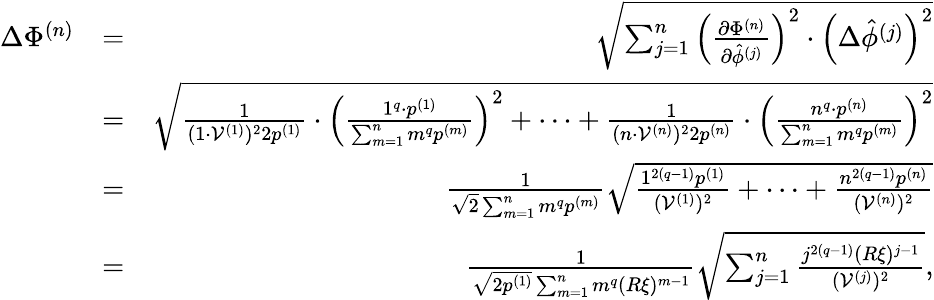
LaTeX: \begin{array}{rlr}{\Delta\Phi^{(n)}}&{=}&{\sqrt{\sum_{j=1}^{n}\left(\frac{\partial\Phi^{(n)}}{\partial\hat{\phi}^{(j)}}\right)^{2}\cdot\left(\Delta\hat{\phi}^{(j)}\right)^{2}}}\\ &{=}&{\sqrt{\frac{1}{(1\cdot\mathcal{V}^{(1)})^{2}2p^{(1)}}\cdot\left(\frac{1^{q}\cdot p^{(1)}}{\sum_{m=1}^{n}m^{q}p^{(m)}}\right)^{2}+\cdots+\frac{1}{(n\cdot\mathcal{V}^{(n)})^{2}2p^{(n)}}\cdot\left(\frac{n^{q}\cdot p^{(n)}}{\sum_{m=1}^{n}m^{q}p^{(m)}}\right)^{2}}}\\ &{=}&{\frac{1}{\sqrt{2}\sum_{m=1}^{n}m^{q}p^{(m)}}\sqrt{\frac{1^{2(q-1)}p^{(1)}}{(\mathcal{V}^{(1)})^{2}}+\cdots+\frac{n^{2(q-1)}p^{(n)}}{(\mathcal{V}^{(n)})^{2}}}}\\ &{=}&{\frac{1}{\sqrt{2p^{(1)}}\sum_{m=1}^{n}m^{q}(R\xi)^{m-1}}\sqrt{\sum_{j=1}^{n}\frac{j^{2(q-1)}(R\xi)^{j-1}}{(\mathcal{V}^{(j)})^{2}}},}\end{array}